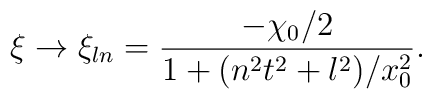
\xi\to\xi_{ln}=\frac{-\chi_0/2}{1 + (n^2t^2+l^2)/x_0^2}.